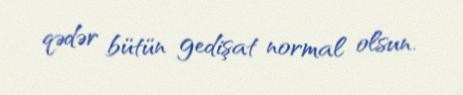
qədər bütün gedişat normal olsun.